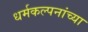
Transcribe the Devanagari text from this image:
धर्मकल्पनांच्या